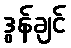
ဒွန်ချင်